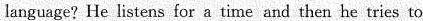
language? He listens fora time and then he tries to